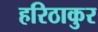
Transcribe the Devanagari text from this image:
हरिठाकुर